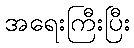
အရေးကြီးပြီး